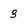
Character: 3